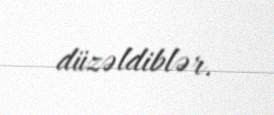
düzəldiblər.